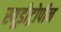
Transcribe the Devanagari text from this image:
स्यूडोट्रोपीन